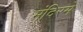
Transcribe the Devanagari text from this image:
मंदिरमे